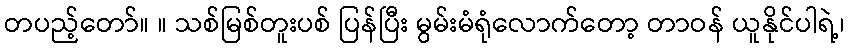
တပည့်တော်။ ။ သစ်မြစ်တူးပစ် ပြန်ပြီး မွမ်းမံရုံလောက်တော့ တာဝန် ယူနိုင်ပါရဲ့၊